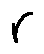
r